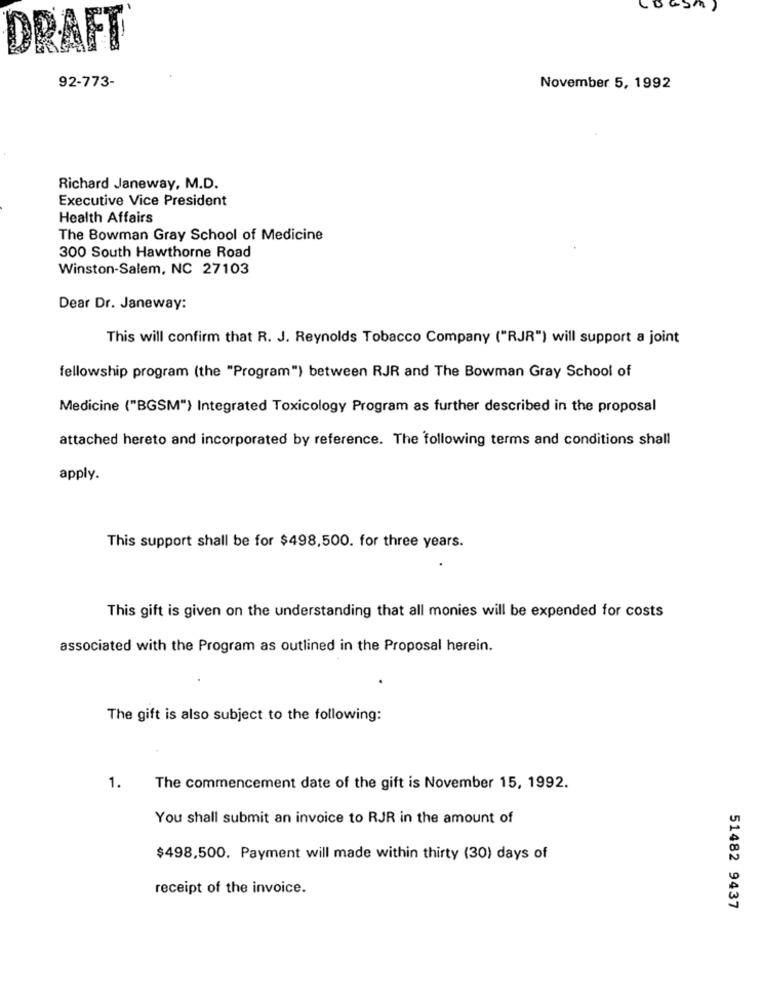
(DGSA)
DRAFT
92-773-
November 5, 1992
Richard Janeway, M.D.
Executive Vice President
Health Affairs
The Bowman Gray School of Medicine
300 South Hawthorne Road
Winston-Salem, NC 27103
Dear Dr. Janeway:
This will confirm that R. J. Reynolds Tobacco Company ("RJR") will support a joint
fellowship program (the "Program") between RJR and The Bowman Gray School of
Medicine ("BGSM") Integrated Toxicology Program as further described in the proposal
attached hereto and incorporated by reference. The following terms and conditions shall
apply.
This support shall be for $498,500. for three years.
This gift is given on the understanding that all monies will be expended for costs
associated with the Program as outlined in the Proposal herein.
The gift is also subject to the following:
1.
The commencement date of the gift is November 15, 1992.
You shall submit an invoice to RJR in the amount of
$498,500. Payment will made within thirty (30) days of
receipt of the invoice.
51482 9437